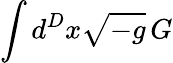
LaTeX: \int d^{D}x{\sqrt{-g}}\, G